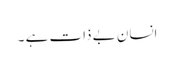
انسان بے ذات ہے ۔